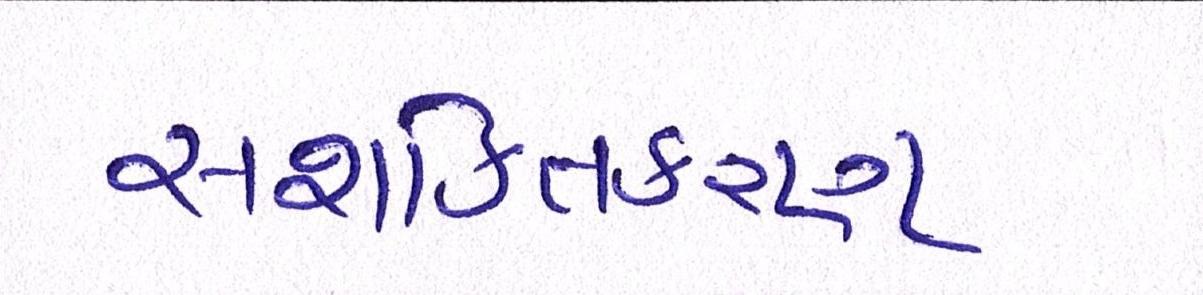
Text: સશક્તિકરણ